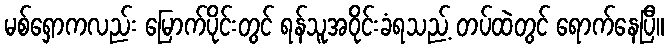
မစ်ရှောကလည်း မြောက်ပိုင်းတွင် ရန်သူအဝိုင်းခံရသည့် တပ်ထဲတွင် ရောက်နေပြီ။